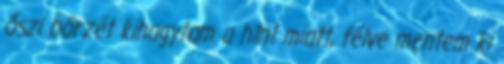
őszi börzét kihagytam a h1n1 miatt, félve mentem ki